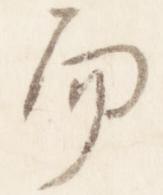
而